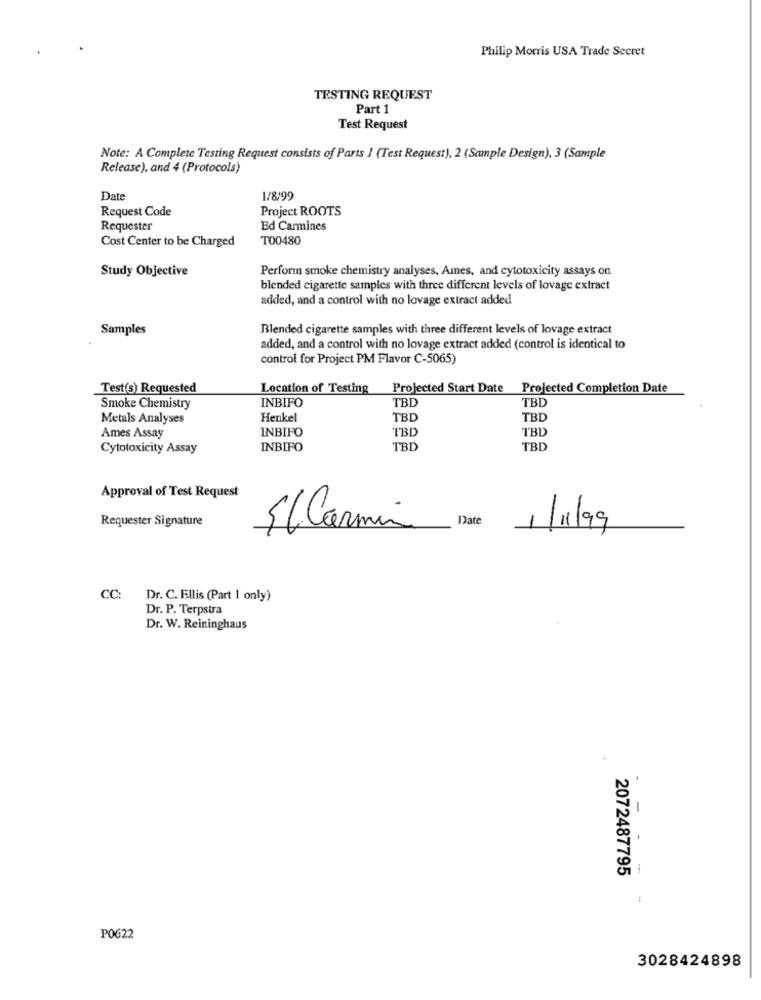
Philip Morris USA Trade Secret
TESTING REQUEST
Part 1
Test Request
Note: A Complete Testing Request consists of Parts 1 (Test Request), 2 (Sample Design), 3 (Sample
Release), and 4 (Protocols)
Date
1/8/99
Request Code
Project ROOTS
Requester
Ed Carmines
Cost Center to be Charged
T00480
Study Objective
Perform smoke chemistry analyses, Ames, and cytotoxicity assays on
blended cigarette samples with three different levels of lovage extract
added, and a control with no lovage extract added
Samples
Blended cigarette samples with three different levels of lovage extract
added, and a control with no lovage extract added (control is identical to
control for Project PM Flavor C-5065)
Test(s) Requested
Location of Testing
Projected Start Date Projected Completion Date
TBD
TBL
Smoke Chemistry
INBIFO
Metals Analyses
Henkel
TBD
TBD
INBIFO
TBD
TBD
Ames Assay
Cytotoxicity Assay
INBIFO
TBD
TBD
Approval of Test Request
Requester Signature
Date
El Carmin
1/11/99
CC: Dr. C. Ellis (Part 1 only)
Dr. P. Terpstra
Dr. W. Reininghaus
1
2072487795
P0622
3028424898